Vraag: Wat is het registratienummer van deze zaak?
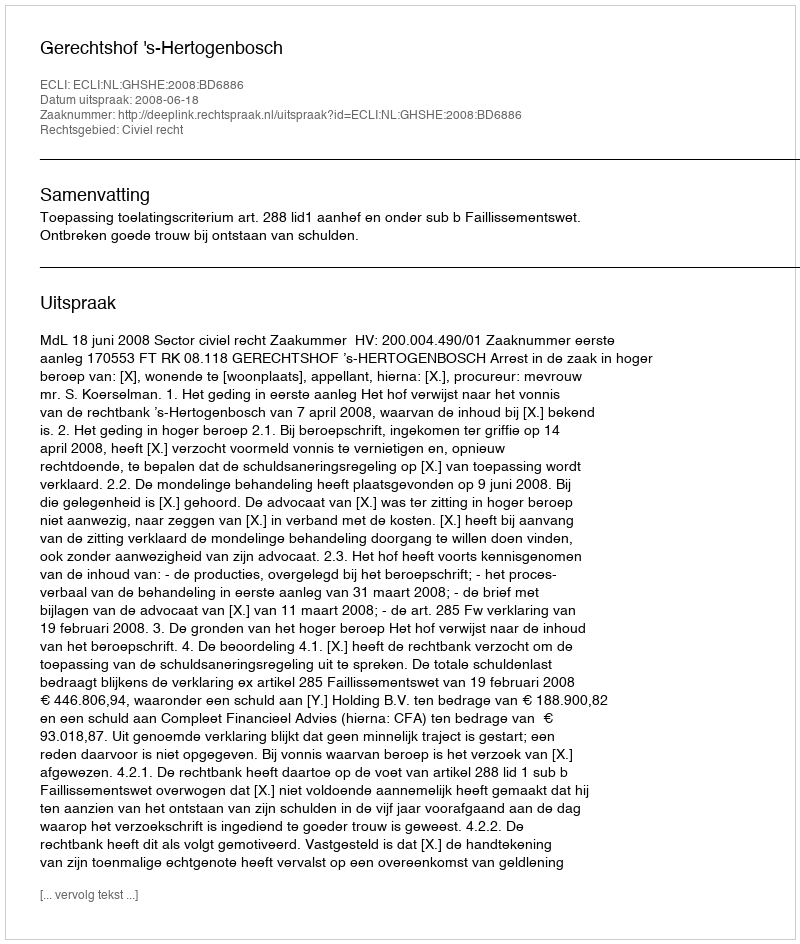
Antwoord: http://deeplink.rechtspraak.nl/uitspraak?id=ECLI:NL:GHSHE:2008:BD6886